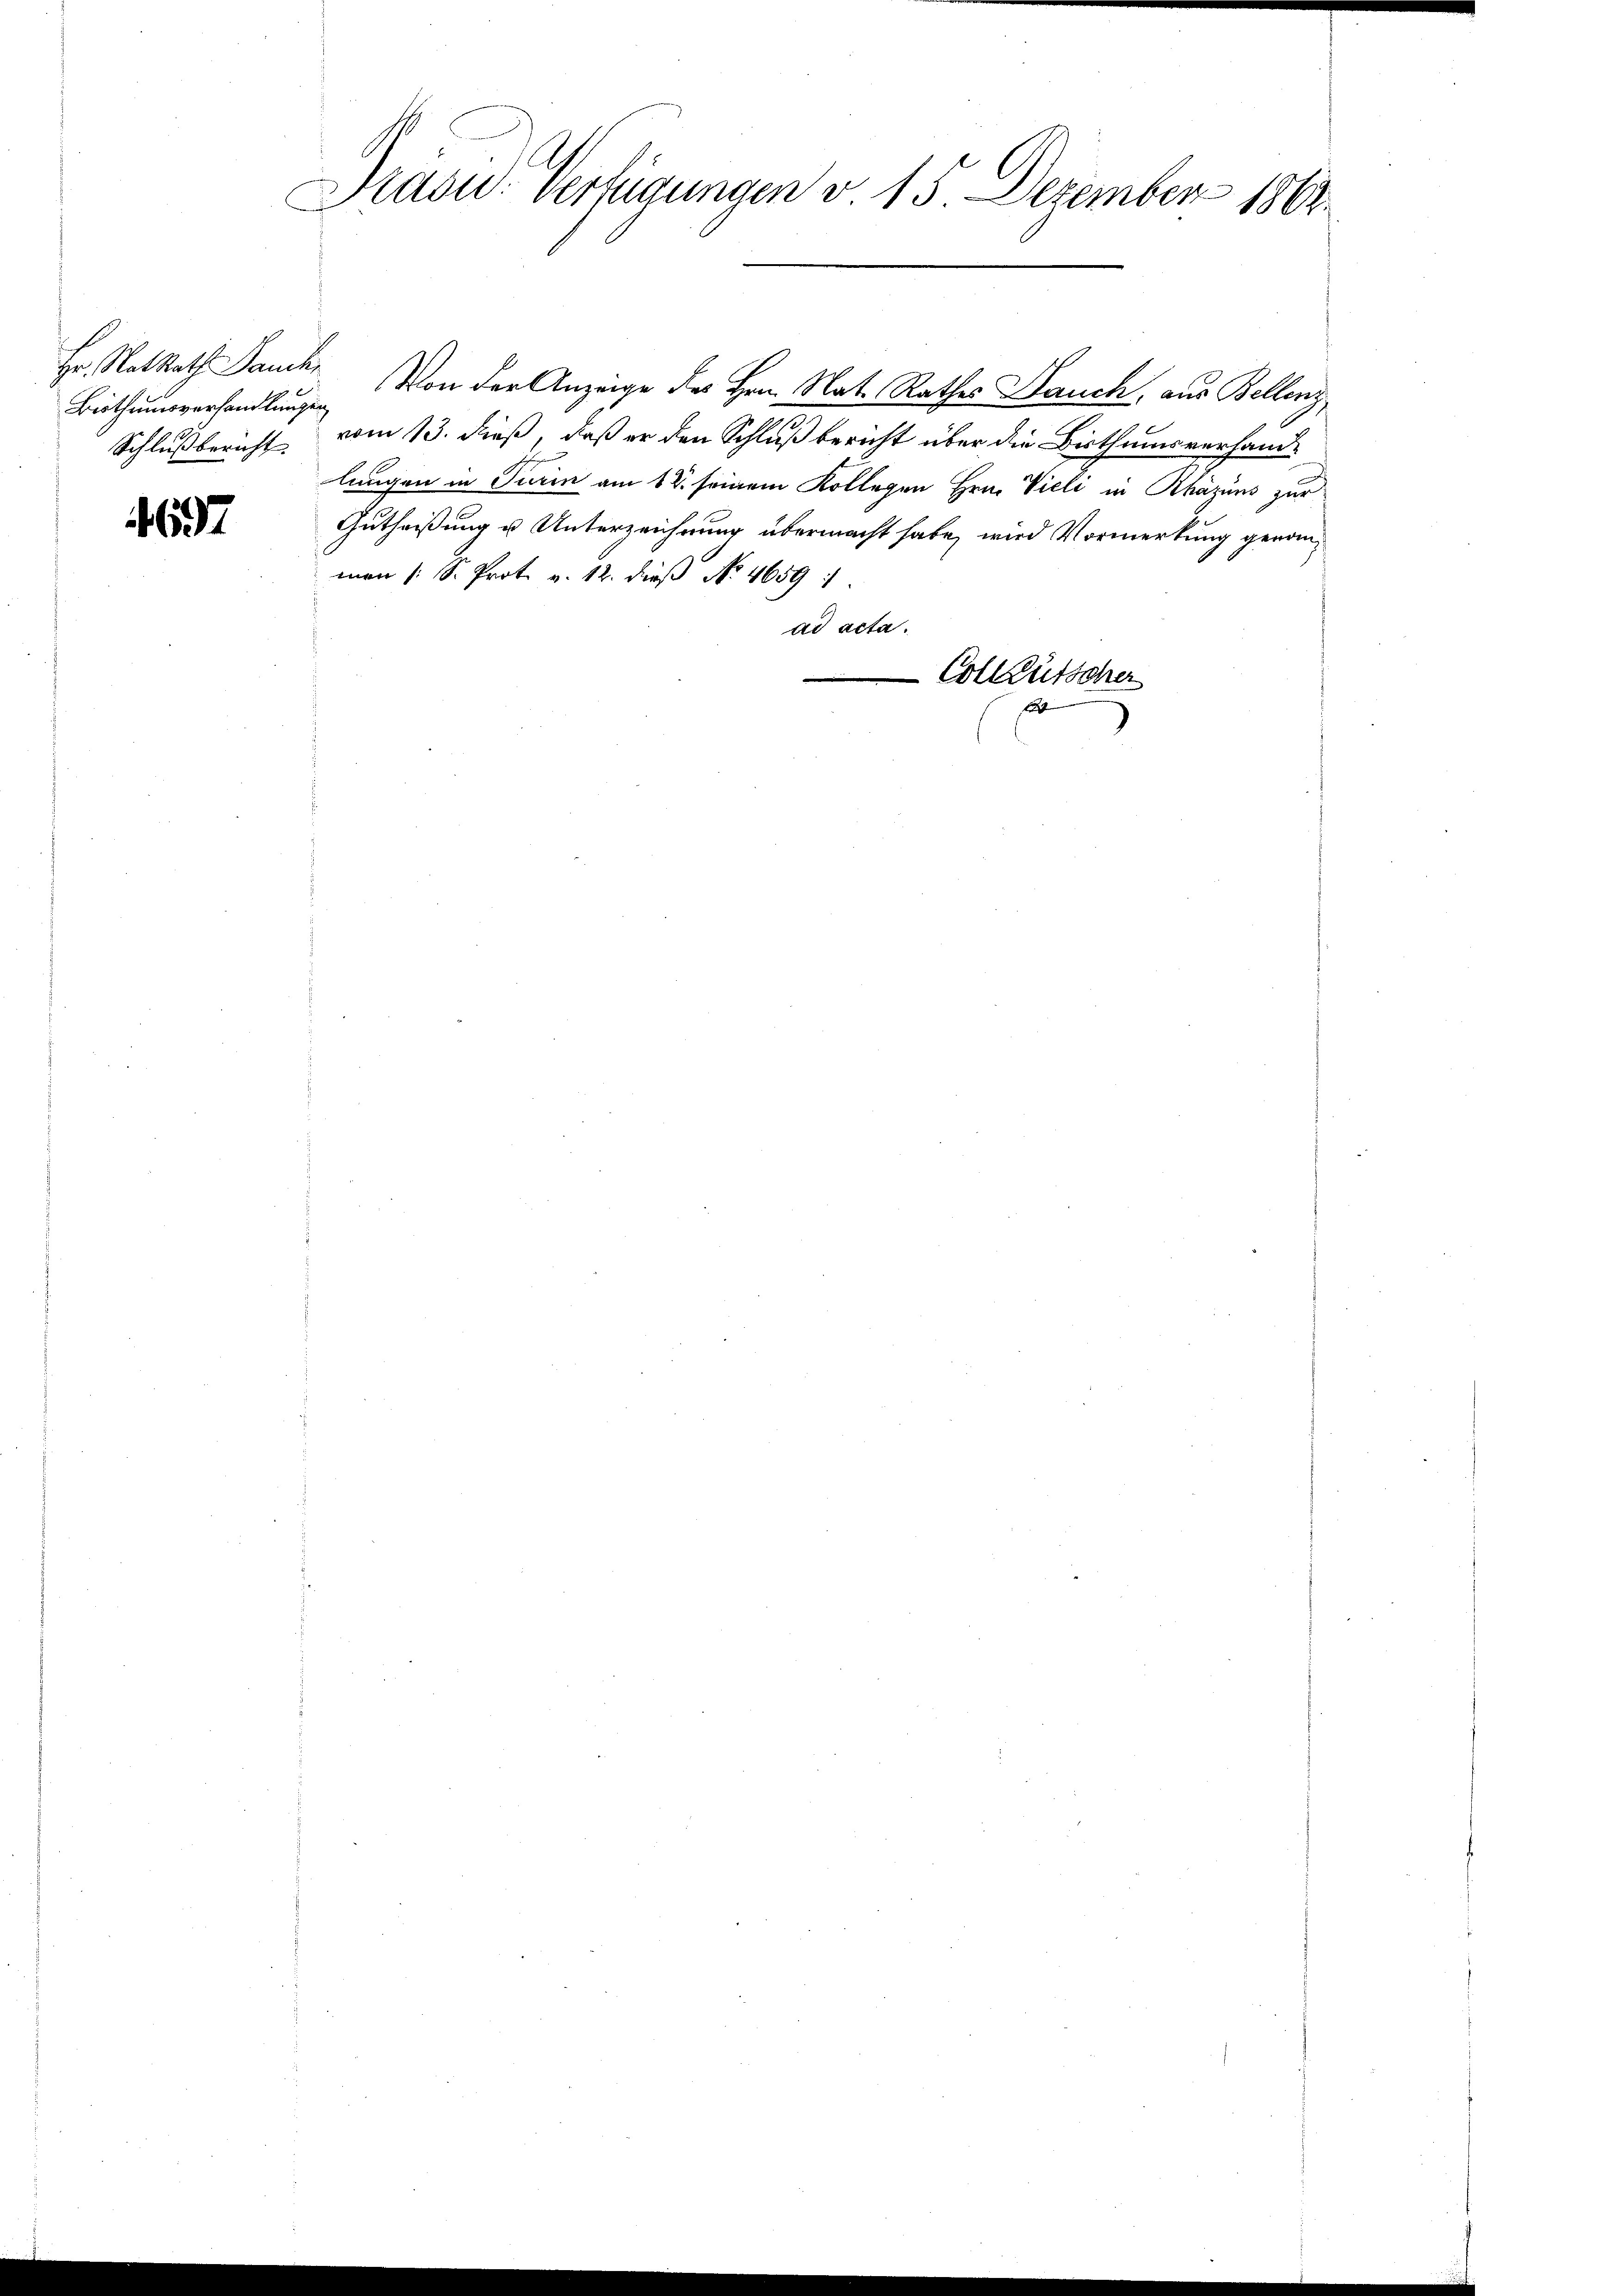
Bisthumsverhandlungen
Schlußbericht

637

Präsid. Vertigungen d. 15 Dezember 186

Hr. Ratsrath Danck. Von der Anzeige des Hrn. Nat. Rathes Bauch, aus Bellenz
vom 13. dieß, daß er den Schluß bericht über die Bisthumsverhandlungen in Turin am 18. seinem Kollegen Hrn. Vieli in Rhäzins zur
Gutheißung u Unterzeichnung übermacht habe, wird Vormerkung geranmen (: S. Prot. v. 12. dieß No. 4659:
ad acta.
Collütscher
t